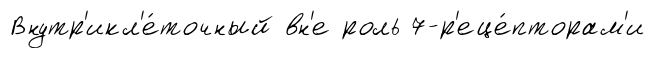
Внутр'икл'е́точный вн'е роль 7-р'еце́пторам'и